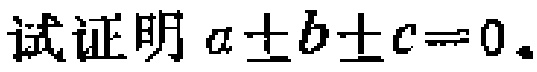
试证明 \(a\pm b\pm c = 0\)。